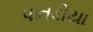
પાતડીયા